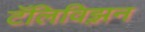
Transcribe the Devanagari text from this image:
टॅलिविझ़न